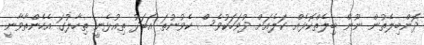
ދޮންބިލެތުން ނޫން ބިލެތްކޮޅެއް ކަލެއަށް ދުވަހަކުވެސް ކެވުނުތަ އަބަދު ތިއުޅެނީ ތިހާލުގަ އެހެންތާވާނީ